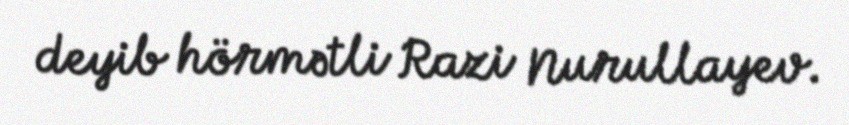
deyib hörmətli Razi Nurullayev.